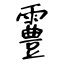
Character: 霻